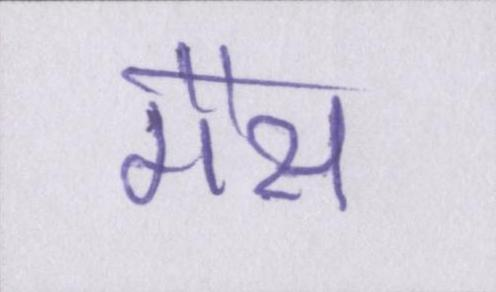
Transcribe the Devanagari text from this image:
गैस